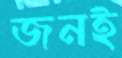
জনই